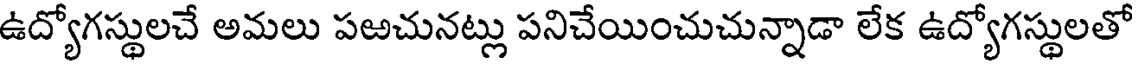
ఉద్యోగస్థులచే అమలు పఱచునట్లు పనిచేయించుచున్నాడా లేక ఉద్యోగస్థులతో